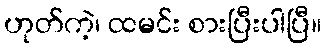
ဟုတ်ကဲ့၊ ထမင်း စားပြီးပါပြီ။